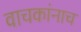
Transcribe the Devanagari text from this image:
वाचकांनाच